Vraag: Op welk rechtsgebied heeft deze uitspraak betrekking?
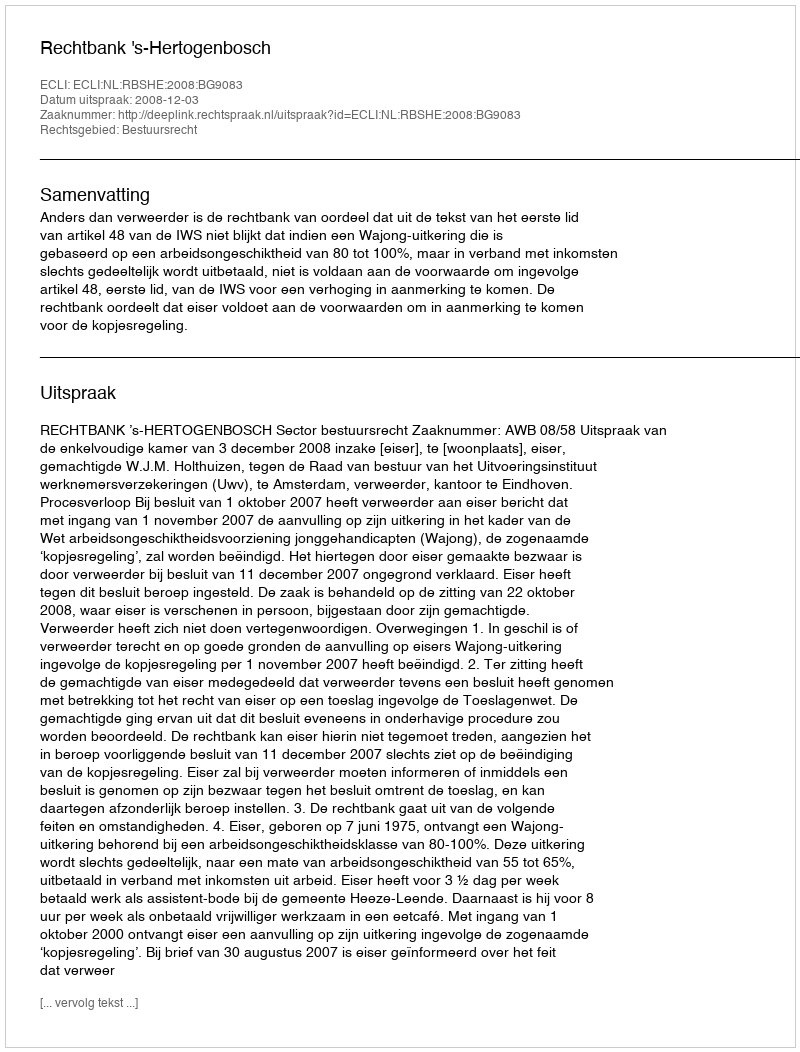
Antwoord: Bestuursrecht